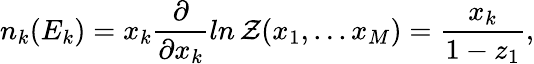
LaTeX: n_{k}(E_{k})=x_{k}\frac{\partial}{\partial x_{k}}ln\, {\cal Z}(x_{1},...x_{M})=\frac{x_{k}}{1-z_{1}},